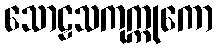
သောဠသကုက္ကုကော